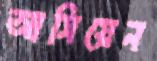
আসিয়েন